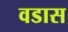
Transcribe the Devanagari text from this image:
वडास